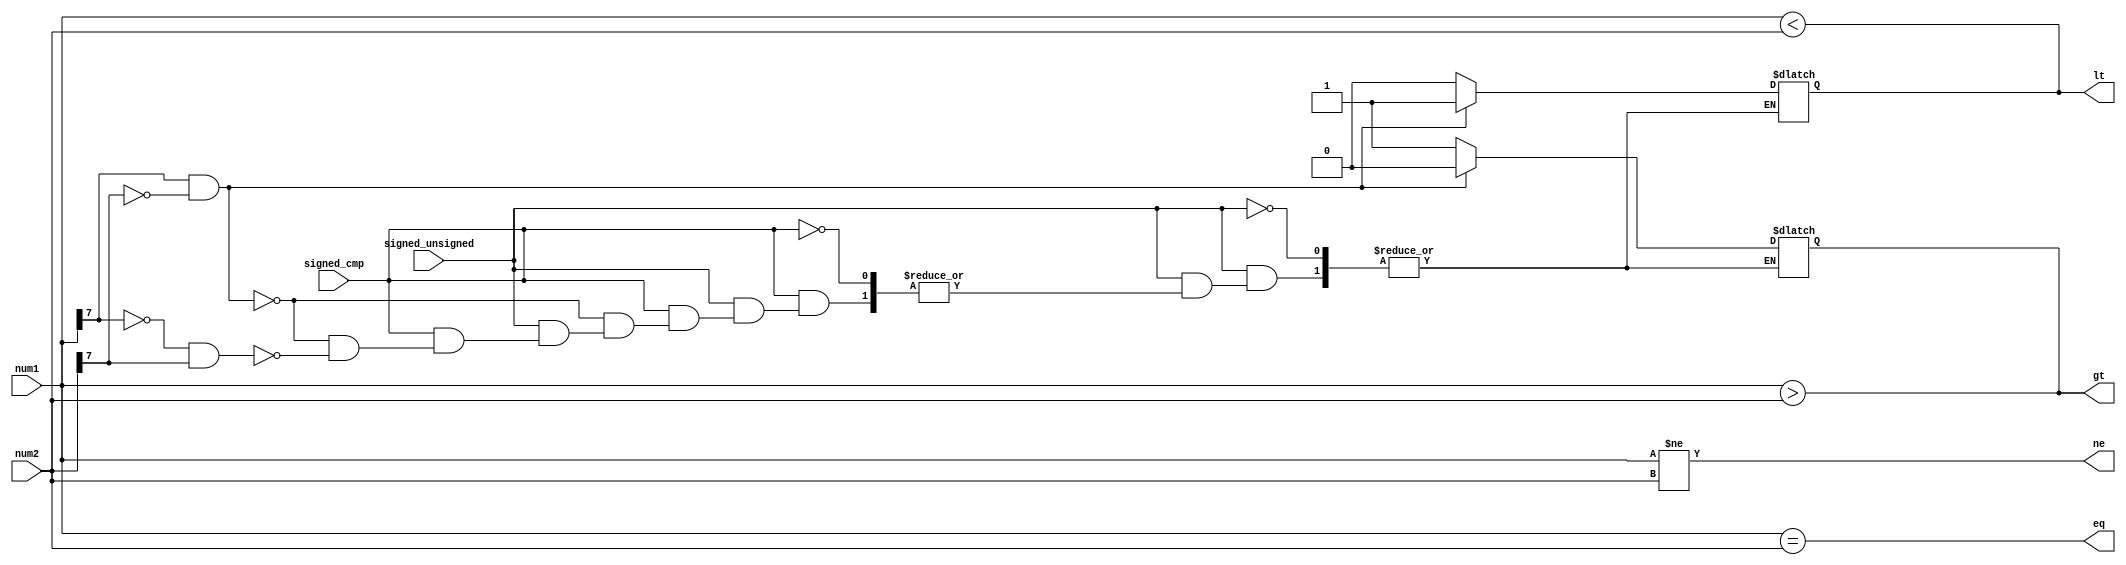
module eight_bit_comparator (
    input [7:0] num1,
    input [7:0] num2,
    input signed_unsigned,
    input signed_cmp,
    output eq,
    output ne,
    output gt,
    output lt
);

// Combinational logic for comparing each pair of bits
assign eq = (num1 == num2);
assign ne = (num1 != num2);
assign gt = (num1 > num2);
assign lt = (num1 < num2);

// Logic for signed or unsigned comparison based on control signals
always @(*)
begin
    if (signed_unsigned == 1)
    begin
        if (signed_cmp == 1) // Signed comparison
        begin
            if (num1[7] == 1 && num2[7] == 0) // num1 is negative and num2 is positive
            begin
                gt = 0;
                lt = 1;
            end
            else if (num1[7] == 0 && num2[7] == 1) // num1 is positive and num2 is negative
            begin
                gt = 1;
                lt = 0;
            end
        end
    end
end

endmodule